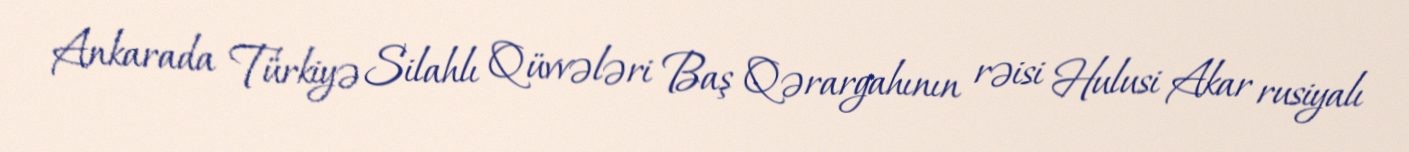
Ankarada Türkiyə Silahlı Qüvvələri Baş Qərargahının rəisi Hulusi Akar rusiyalı